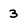
Character: 3